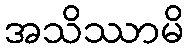
အသိဿာမိ